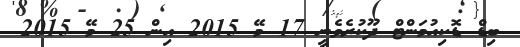
ބިޑް ޑޮކިއުމަންޓް ދޫކުރެވެނީ 17 މޭ 2015 އިން 25 މޭ 2015